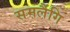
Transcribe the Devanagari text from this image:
समलैंगि